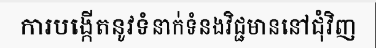
ការបង្កើតនូវទំនាក់ទំនងវិជ្ជមាននៅជុំវិញ